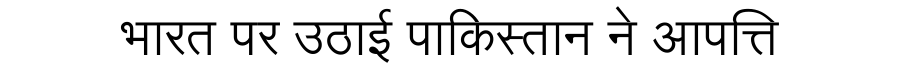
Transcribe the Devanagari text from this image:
भारत पर उठाई पाकिस्तान ने आपत्ति